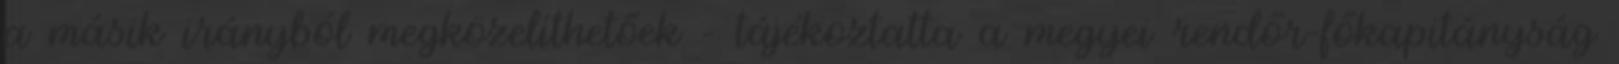
a másik irányból megközelíthetőek - tájékoztatta a megyei rendőr-főkapitányság